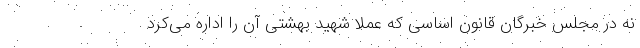
نه در مجلس خبرگان قانون اساسی که عملا شهید بهشتی آن را اداره می‌کرد